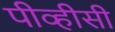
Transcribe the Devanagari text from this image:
पीव्हीसी